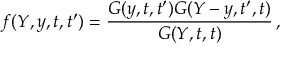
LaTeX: f ( Y , y , t , t ^ { \prime } ) = \frac { G ( y , t , t ^ { \prime } ) G ( Y - y , t ^ { \prime } , t ) } { G ( Y , t , t ) } \, ,